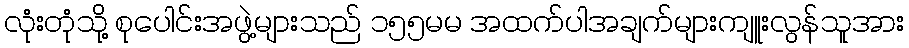
လုံးတုံသို့ စုပေါင်းအဖွဲ့များသည် ၁၅၅မမ အထက်ပါအချက်များကျူးလွန်သူအား